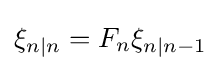
\xi _{n|n}=F_{n}\xi _{n|n-1}